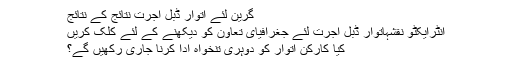
گرین لئے اتوار ڈبل اجرت نتائج کے نتائج
انٹرایکٹو نقشہاتوار ڈبل اجرت لئے جغرافیای تعاون کو دیکھنے کے لئے کلک کریں
کیا کارکن اتوار کو دوہری تنخواہ ادا کرنا جاری رکھیں گے؟